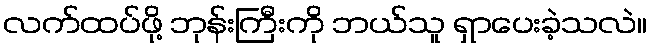
လက်ထပ်ဖို့ ဘုန်းကြီးကို ဘယ်သူ ရှာပေးခဲ့သလဲ။